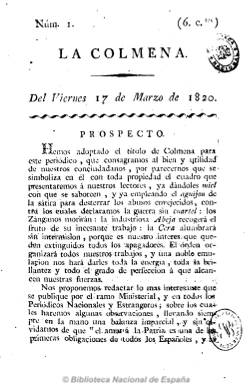
Título: La Colmena (Madrid. 1820)
Colección: Periódicos anteriores a 1850
Ámbito geográfico: Madrid
Lugar de publicación: Madrid
Fechas: 17/03/1820-14/06/1820

Se trata de una publicación fundada por el escritor, periodista, historiador y dramaturgo Félix Megía Fernández-Pacheco (1776-1853) cuyo carácter moderado contrastará con la que redactará después, El zurriago (1821-1823), el periódico comunero más exaltado y antifernandino, el más célebre y más emulado del Trienio Liberal. Félix Mejía (nombre con el que se le conocía), junto con el también poeta y afrancesado Fernando Leandro Camborda y Núñez (1769-1823), empiezan a publicar La colmena el 17 de marzo de 1820, tras la jura de Fernando VIII de la Constitución de 1812, el nueve de marzo, momento en que se produce un renacimiento de la prensa política española.

Aunque se declara en su Prospecto como respetuosa con la Iglesia “católica, apostólica y romana”, se muestra anticlerical y muy crítica con la Inquisición, que durante este periodo será abolida definitivamente, siendo calificada de afrancesada y constitucionalista y al mismo tiempo de neutral.

Este periódico, de ocho páginas, empezará saliendo dos veces a la semana (martes y viernes) en la Imprenta de Repullés, después en la de Vega y Compañía, y desde el ocho de mayo será diario e impreso definitivamente en la Imprenta de la Viuda de Aznar, desapareciendo el 14 de junio de 1820, quizá por problemas económicos, después de haber editado 53 números.

Publica noticias oficiales y recogidas de otros periódicos, incluso extranjeros, y tendrá varias secciones fijas, como Constitución, Política, Historia, Elecciones o Variedades, publicando también textos en verso y dedicándole gran espacio a acontecimientos del trienio como el la “causa de Richart y socios” y de la “Revolución de Galicia”.